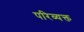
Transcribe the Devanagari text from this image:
परिव्यक्त